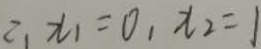
2 、 x _ { 1 } = 0 , x _ { 2 } = 1